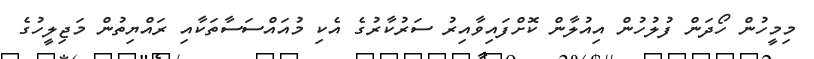
މިމީހުން ހޯދަން ފުލުހުން އިއުލާން ކޮށްފައިވާއިރު ސަރުކާރުގެ އެކި މުއައްސަސާތަކާއި ރައްޔިތުން މަޖިލީހުގެ